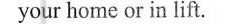
your home or in lift.